Calcutta medical institutions reports 1879-81 [i.e.91]
Year: 1879
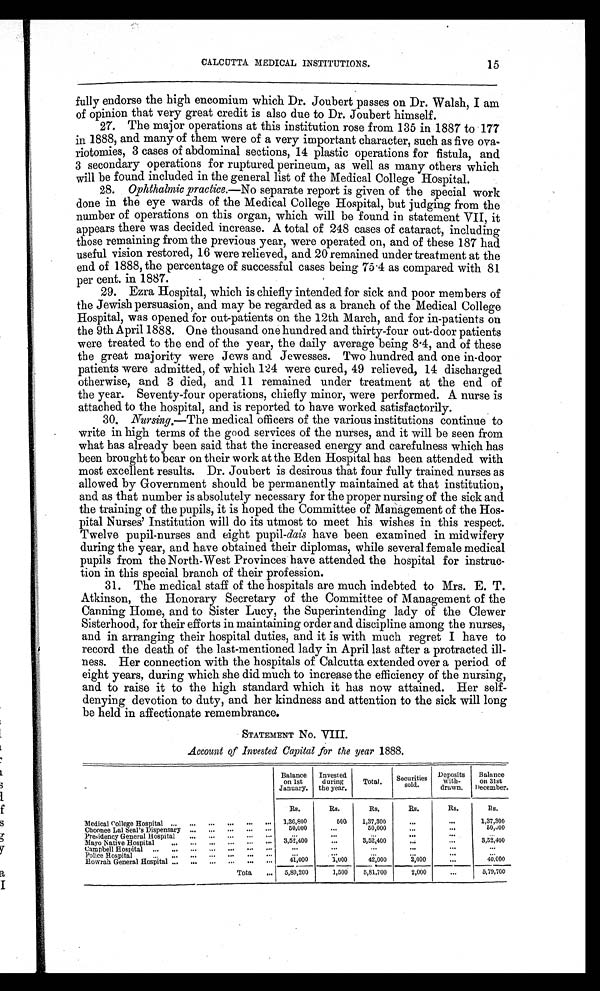
CALCUTTA MEDICAL INSTITUTIONS.
15
fully endorse the high encomium which Dr. Joubert passes on Dr. Walsh, I am
of opinion that very great credit is also due to Dr. Joubert himself.
27. The major operations at this institution rose from 135 in 1887 to 177
in 1888, and many of them were of a very important character, such as five ova-
riotomies, 3 cases of abdominal sections, 14 plastic operations for fistula, and
3 secondary operations for ruptured perineum, as well as many others which
will be found included in the general list of the Medical College Hospital.
28.
Ophthalmic practice.—No separate report is given of the special work
done in the eye wards of the Medical College Hospital, but judging from the
number of operations on this organ, which will be found in statement VII, it
appears there was decided increase. A total of 248 cases of cataract, including
those remaining from the previous year, were operated on, and of these 187 had
useful vision restored, 16 were relieved, and 20 remained under treatment at the
end of 1888, the percentage of successful cases being 75.4 as compared with 81
per cent. in 1887.
29. Ezra Hospital, which is chiefly intended for sick and poor members of
the Jewish persuasion, and may be regarded as a branch of the Medical College
Hospital, was opened for out-patients on the 12th March, and for in-patients on
the 9th April 1888. One thousand one hundred and thirty-four out-door patients
were treated to the end of the year, the daily average being 8.4, and of these
the great majority were Jews and Jewesses. Two hundred and one in-door
patients were admitted, of which 124 were cured, 49 relieved, 14 discharged
otherwise, and 3 died, and 11 remained under treatment at the end of
the year. Seventy-four operations, chiefly minor, were performed. A nurse is
attached to the hospital, and is reported to have worked satisfactorily.
30. Nursing.—The medical officers of the various institutions continue to
write in high terms of the good services of the nurses, and it will be seen from
what has already been said that the increased energy and carefulness which has
been brought to bear on their work at the Eden Hospital has been attended with
most excellent results. Dr. Joubert is desirous that four fully trained nurses as
allowed by Government should be permanently maintained at that institution,
and as that number is absolutely necessary for the proper nursing of the sick and
the training of the pupils, it is hoped the Committee of Management of the Hos-
pital Nurses' Institution will do its utmost to meet his wishes in this respect.
Twelve pupil-nurses and eight pupil- dais have been examined in midwifery
during the year, and have obtained their diplomas, while several female medical
pupils from the North-West Provinces have attended the hospital for instruc-
tion in this special branch of their profession.
31. The medical staff of the hospitals are much indebted to Mrs. E. T.
Atkinson, the Honorary Secretary of the Committee of Management of the
Canning Home, and to Sister Lucy, the Superintending lady of the Clewer
Sisterhood, for their efforts in maintaining order and discipline among the nurses,
and in arranging their hospital duties, and it is with much regret I have to
record the death of the last-mentioned lady in April last after a protracted ill-
ness. Her connection with the hospitals of Calcutta extended over a period of
eight years, during which she did much to increase the efficiency of the nursing,
and to raise it to the high standard which it has now attained. Her self-
denying devotion to duty, and her kindness and attention to the sick will long
be held in affectionate remembrance.
STATEMENT No. VIII.
Account of Invested Capital for the year 1888.
Balance
on 1st
January.
Invested
during
the year.
Total.
Securities
sold.
Deposits
with-
drawn.
Balance
on 31st
December.
Rs.
Rs.
Rs.
Rs.
Rs.
Rs.
Medical College Hospital ...
...
...
...
...
...
1,36,800
500
1,37,300
...
...
1,37,300
Choonee Lal Seal's Dispensary ...
...
...
...
...
50,000
...
50,000
...
...
50,000
Presidency General Hospital
...
...
...
...
...
...
...
...
...
...
...
Mayo Native Hospital...
...
...
...
...
... 3,52,400
...
3,52,400
...
...
3,52,400
Campbell Hospital ...
...
...
...
...
...
...
...
...
...
...
...
...
Police Hospital
...
...
...
...
...
...
... ...
...
...
...
...
...
Howrah General Hospital ...
...
...
.
...
...
41,000
1,000
42,000
2,000
...
40,000
Total ...
5,80,200
1,500
5,81,700
2,000
...
5,79,700